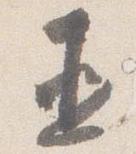
直